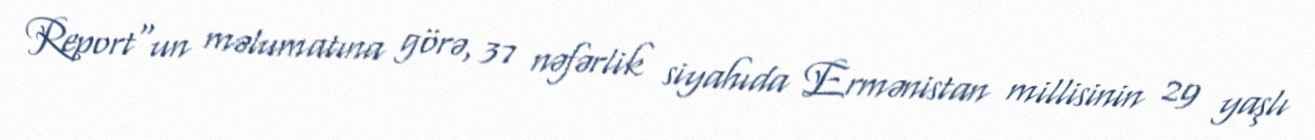
Report"un məlumatına görə, 37 nəfərlik siyahıda Ermənistan millisinin 29 yaşlı